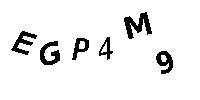
EGP4M9